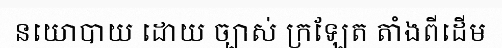
នយោបាយ ដោយ ច្បាស់ ក្រឡែត តាំងពីដើម